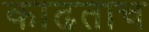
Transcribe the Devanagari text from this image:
काढताच